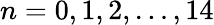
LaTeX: n=0,1,2,\ldots,14